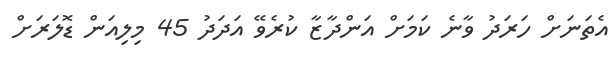
އެތަނަށް ހަރަދު ވާނެ ކަމަށް އަންދާޒާ ކުރެވޭ އަދަދު 45 މިލިއަން ޑޮލަރަށް